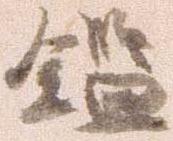
鑑